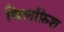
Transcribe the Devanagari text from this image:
बिलफ़िश